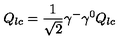
Q _ { l c } = \frac { 1 } { \sqrt 2 } \gamma ^ { - } \gamma ^ { 0 } Q _ { l c }